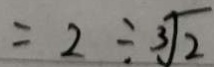
= 2 \div \sqrt [ 3 ] { 2 }